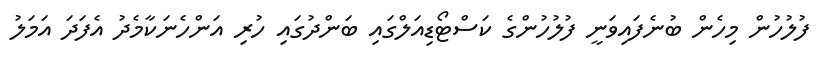
ފުލުހުން މިހެން ބުނެފައިވަނީ ފުލުހުންގެ ކަސްޓޯޑިއަލްގައި ބަންދުގައި ހުރި އަންހެނަކާމެދު އެފަދަ އަމަލު